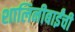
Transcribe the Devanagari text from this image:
शालिनीबाईंची